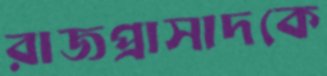
রাজপ্রাসাদকে